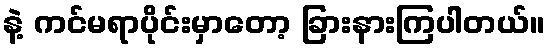
နဲ့ ကင်မရာပိုင်းမှာတော့ ခြားနားကြပါတယ်။